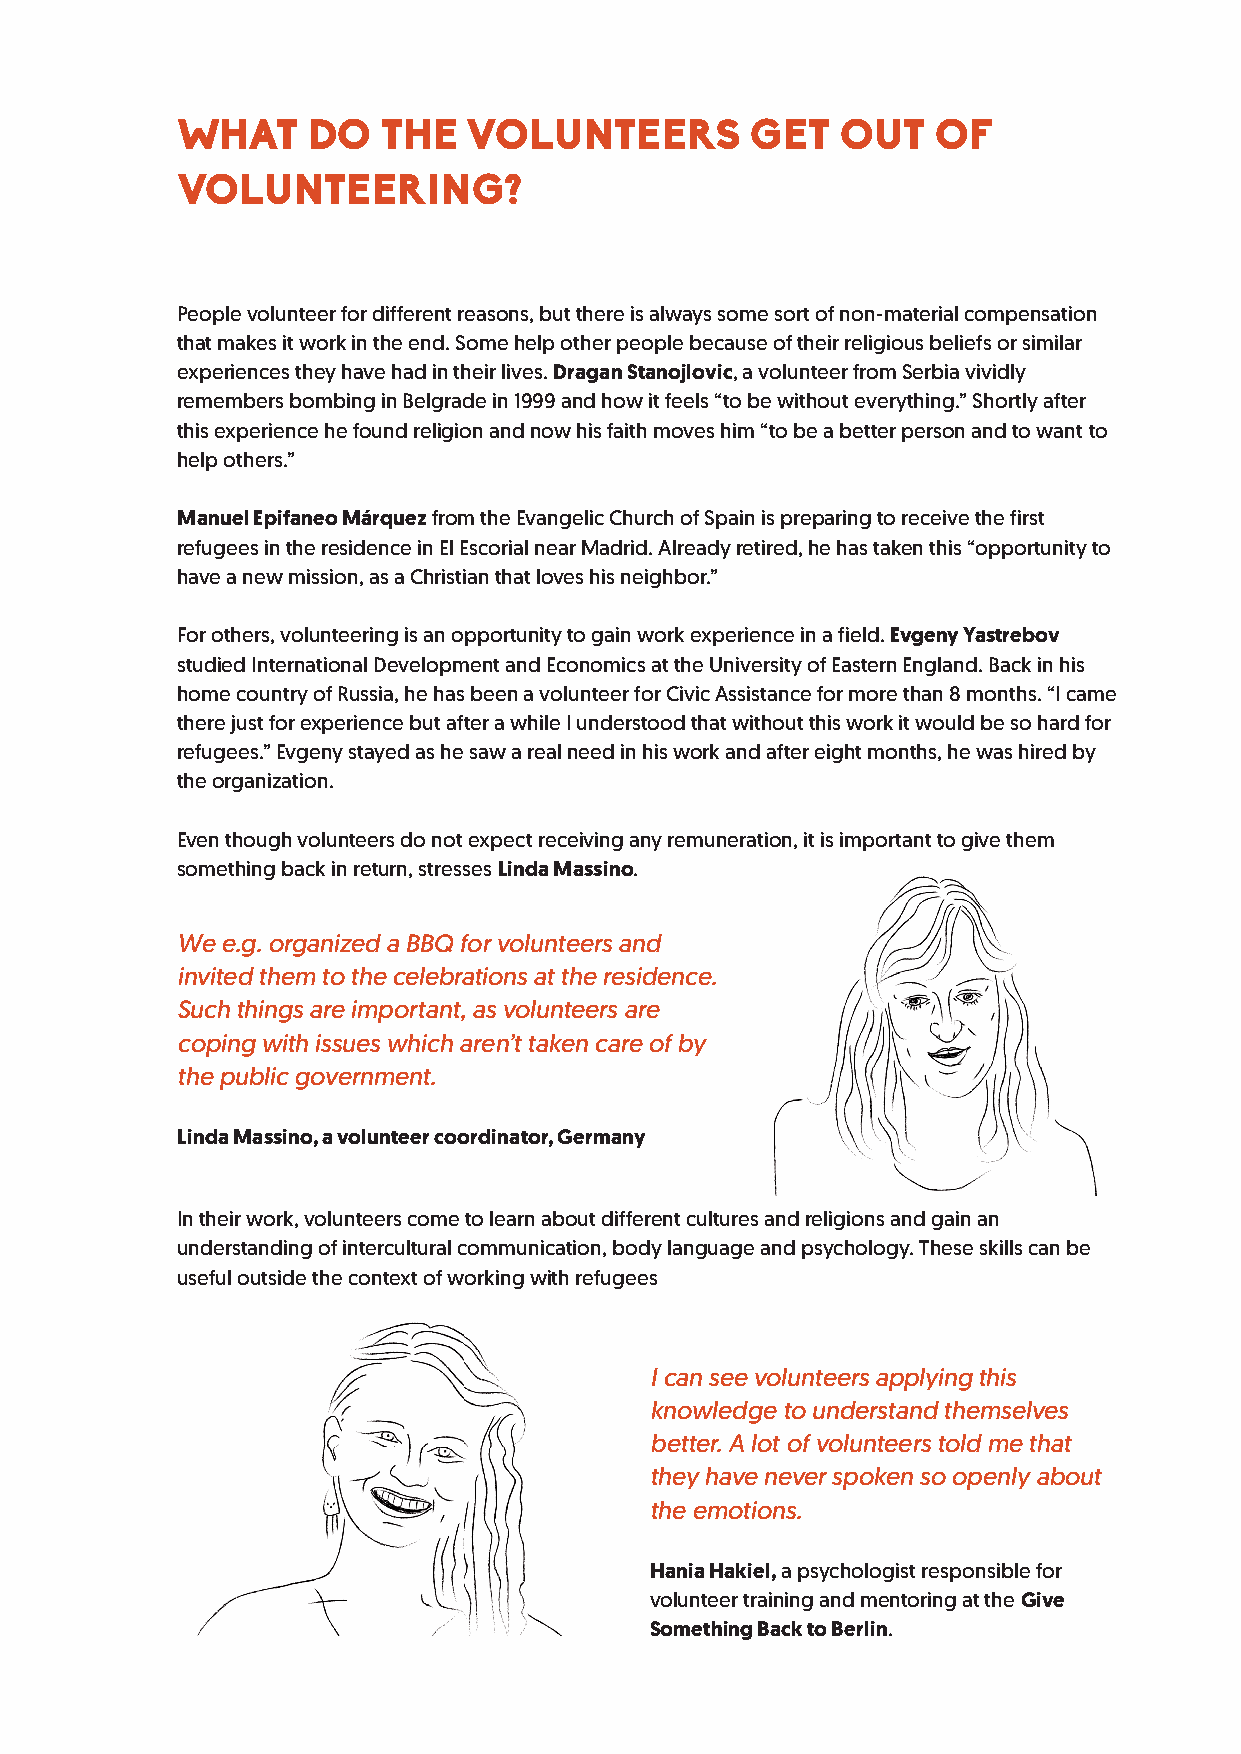
WHAT    DO   THE   VOLUNTEERS         GET   OUT   OF
 VOLUNTEERING?
 People volunteer for different reasons, but there is always some sort of non-material compensation
 that makes it work in the end. Some help other people because of their religious beliefs or similar
 experiences they have had in their lives. Dragan Stanojlovic, a volunteer from Serbia vividly
 remembers bombing in Belgrade in 1999 and how it feels “to be without everything.” Shortly after
 this experience he found religion and now his faith moves him “to be a better person and to want to
 help others.”
 Manuel Epifaneo Márquez from the Evangelic Church of Spain is preparing to receive the first
 refugees in the residence in El Escorial near Madrid. Already retired, he has taken this “opportunity to
 have a new mission, as a Christian that loves his neighbor.”
 For others, volunteering is an opportunity to gain work experience in a field. Evgeny Yastrebov
 studied International Development and Economics at the University of Eastern England. Back in his
 home country of Russia, he has been a volunteer for Civic Assistance for more than 8 months. “I came
 there just for experience but after a while I understood that without this work it would be so hard for
 refugees.” Evgeny stayed as he saw a real need in his work and after eight months, he was hired by
 the organization.
 Even though volunteers do not expect receiving any remuneration, it is important to give them
 something back in return, stresses Linda Massino.
 We e.g. organized a BBQ for volunteers and
 invited them to the celebrations at the residence.
 Such things are important, as volunteers are
 coping with issues which aren’t taken care of by
 the public government.
 Linda Massino, a volunteer coordinator, Germany
 In their work, volunteers come to learn about different cultures and religions and gain an
 understanding of intercultural communication, body language and psychology. These skills can be
 useful outside the context of working with refugees
 I can see volunteers applying this
 knowledge to understand themselves
 better. A lot of volunteers told me that
 they have never spoken so openly about
 the emotions.
 Hania Hakiel, a psychologist responsible for
 volunteer training and mentoring at the Give
 Something Back to Berlin.